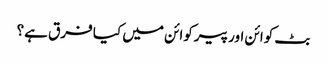
بٹ کوائن اور پیرکوائن میں کیا فرق ہے؟